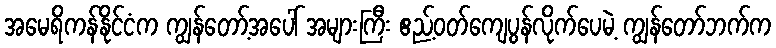
အမေရိကန်နိုင်ငံက ကျွန်တော့်အပေါ် အများကြီး ဧည့်ဝတ်ကျေပွန်လိုက်ပေမဲ့ ကျွန်တော်ဘက်က